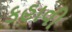
કહાવી